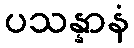
ပသန္နာနံ